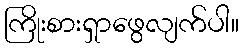
ကြိုးစားရှာဖွေလျက်ပါ။